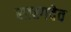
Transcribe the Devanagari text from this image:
सारगदेव